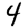
Digit: 4